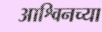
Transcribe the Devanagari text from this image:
आश्विनच्या